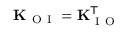
\mathbf { K } _ { \mathrm { ~ O ~ I ~ } } = \mathbf { K } _ { \mathrm { ~ I ~ O ~ } } ^ { \mathsf { T } }